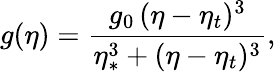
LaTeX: g(\eta)=\frac{g_{0}\, (\eta-\eta_{t})^{3}}{\eta_{\ast}^{3}+(\eta-\eta_{t})^{3}},